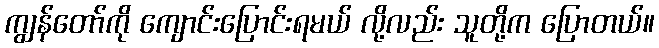
ကျွန်တော်ကို ကျောင်းပြောင်းရမယ် လို့လည်း သူတို့က ပြောတယ်။